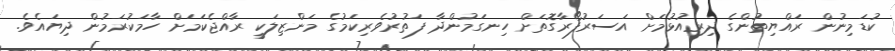
ކުޑަމިނުން ރައްޔިތުންގެ ދިރިއުޅުމަށް އަސަރުފޯރާގޮތަށް ހިނގަމުންދާ ފަތުރުވެރިކަމުގެ މަންޒިލަކީ ރާއްޖެކަމަށް ހާމަކުރަމުން ދިޔައެވެ.